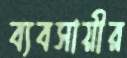
ব্যবসায়ীর